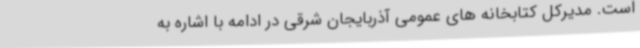
است. مدیرکل کتابخانه های عمومی آذربایجان شرقی در ادامه با اشاره به